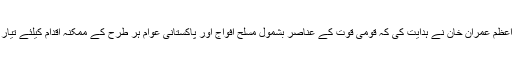
وزیر اعظم عمران خان نے ہدایت کی کہ قومی قوت کے عناصر بشمول مسلح افواج اور پاکستانی عوام ہر طرح کے ممکنہ اقدام کیلئے تیار رہیں ۔